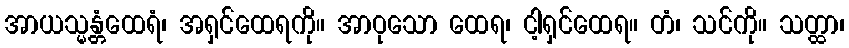
အာယသ္မန္တံထေရံ၊ အရှင်ထေရကို။ အာဝုသော ထေရ၊ ငါ့ရှင်ထေရ။ တံ၊ သင်ကို။ သတ္ထာ၊